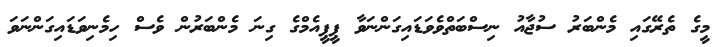
މީގެ ތެރޭގައި މެންބަރު ސުޖާއު ނިސްބަތްވެވަޑައިގަންނަވާ ޕީޕީއެމްގެ ގިނަ މެންބަރުން ވެސް ހިމެނިވަޑައިގަންނަވަ